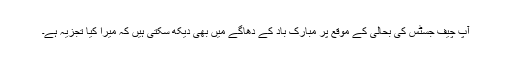
آپ چیف جسٹس کی بحالی کے موقع پر مبارک باد کے دھاگے میں بھی دیکھ سکتی ہیں کہ میرا کیا تجزیہ ہے۔